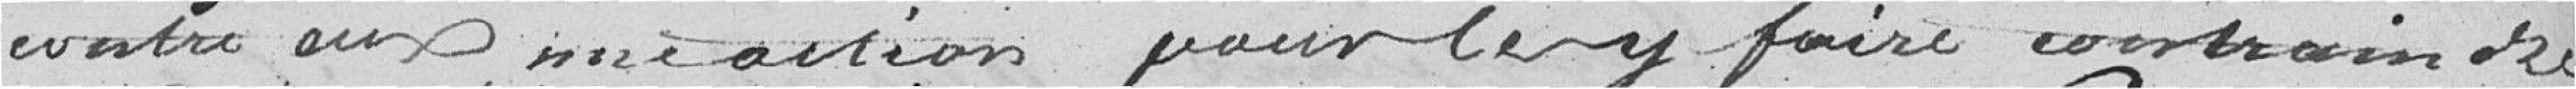
evestre aux mêmes actions pour les y faire contraindre